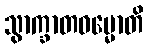
သွာက္ခာတဓမ္မောတိ